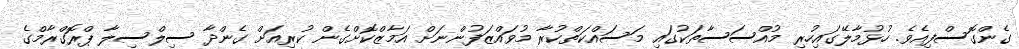
ގެންގޮސްފިއެވެ. ހުޅުމާލޭގައިހުރި މުއްސަސާތަކުގައި މަސައްކަތްކުރާ މުވައްޒަފުންނަށް އަމާޒްކޮށްގެން ކުރިއަށް ގެންދާ ސިލްސިލާ ޕްރޮގްރާމްގެ